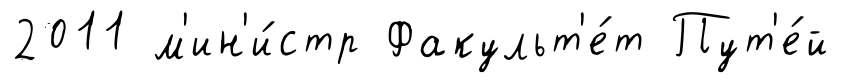
2011 м'ин'и́стр Факульт'е́т Пут'е́й